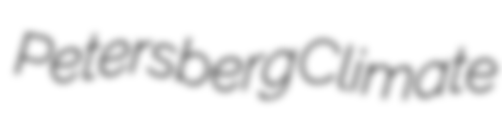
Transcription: Petersberg Climate